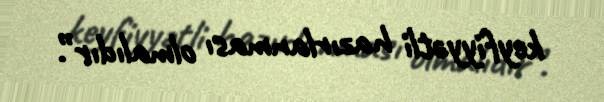
keyfiyyətli hazırlanması olmalıdır”.